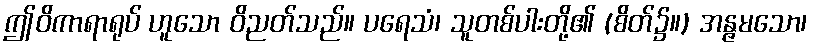
ဤဝိကာရာရုပ် ဟူသော ဝိညတ်သည်။ ပရေသံ၊ သူတစ်ပါးတို့၏ (စိတ်၌။) အန္ဇမသော၊